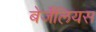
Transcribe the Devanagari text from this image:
बेर्जेलियस